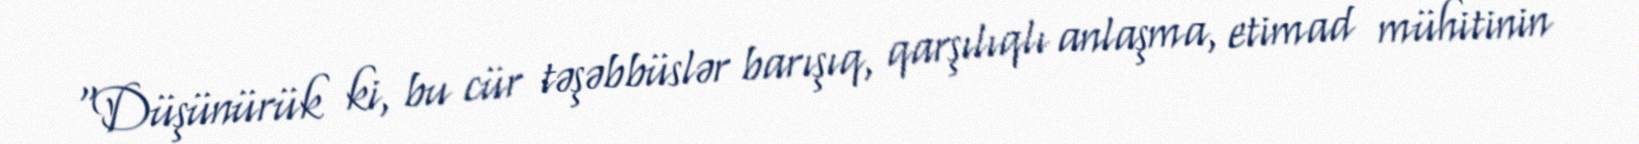
“Düşünürük ki, bu cür təşəbbüslər barışıq, qarşılıqlı anlaşma, etimad mühitinin